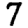
Digit: 7